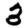
Digit: 3